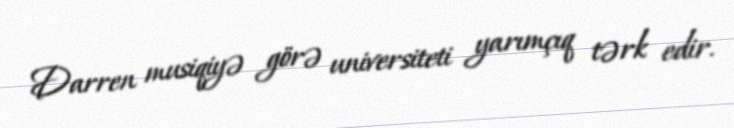
Darren musiqiyə görə universiteti yarımçıq tərk edir.